Lunatic asylums Central Provinces reports 1886-1894 - 1886-1894
Year: 1886
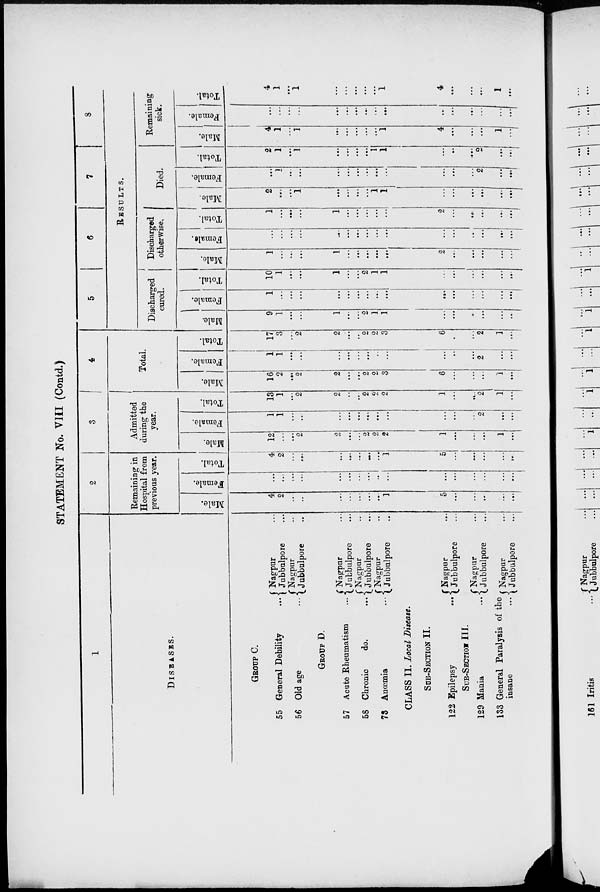
STATEMENT No. VIII (Contd.)
1
DISEASES.
GROUP C.
55 General Debility
...
56 Old age ...
Nagpur ...
Jubbulpore ...
Nagpur ...
Jubbulpore ...
GROUP D.
57 Acute Rheumatism ...
58 Chronic
do. ...
73 Anœmia
...
Nagpur ...
Jubbulpore ...
Nagpur ...
Jubbulpore ...
Nagpur ...
Jubbulpore ...
CLASS II. Local Disease.
SUB-SECTION II.
122 Epilepsy
...
Nagpur ...
Jubbulpore ...
SUB-SECTION III.
129 Mania
...
133 General Paralysis of the
insane
...
Nagpur ...
Jubbulpore ...
Nagpur ...
Jubbulpore ...
2
Remaining in
Hospital from
previous year.
Male.
4
2
...
...
...
...
...
...
...
1
5
...
...
...
...
...
Female.
...
...
...
...
...
...
...
...
...
...
...
...
...
...
...
...
Total.
4
2
...
...
...
...
...
...
...
1
5
...
...
...
...
...
3
Admitted
during the
year.
Male.
12
...
...
2
2
...
...
2
2
2
1
...
...
...
1
...
Female.
1
1
...
...
...
...
...
...
...
...
...
...
...
2
...
...
Total.
13
1
...
2
2
...
...
2
2
2
1
...
...
2
1
...
4
Total.
Male.
16
2
...
2
2
...
...
2
2
3
6
...
...
...
1
...
Female.
1
1
...
...
...
...
...
...
...
...
...
...
...
2
...
...
Total.
17
3
...
2
2
...
...
2
2
3
6
...
...
2
1
...
5
6
7
8
RESULTS.
Discharged
cured.
Male.
9
1
...
...
1
...
...
2
1
1
...
...
...
...
...
...
Female.
1
...
...
...
...
...
...
...
...
...
...
...
...
...
...
...
Total.
10
1
...
...
1
...
...
2
1
1
...
...
...
...
...
...
Discharged
otherwise.
Male.
1
...
...
...
1
...
...
...
...
...
2
...
...
...
...
...
Female.
...
...
...
...
...
...
...
...
...
...
...
...
...
...
...
...
Total.
1
...
...
...
1
...
...
...
...
...
2
...
...
...
...
...
Died.
Male.
2
...
...
1
...
...
...
...
1
1
...
...
...
...
...
...
Female.
...
1
...
...
...
...
...
...
...
...
...
...
...
2
...
...
Total.
2
1
...
1
...
...
...
...
1
1
...
...
...
2
...
...
Remaining
sick.
Male.
4
1
...
1
...
...
...
...
...
1
4
...
...
...
1
...
Female.
...
...
...
...
...
...
...
...
...
...
...
...
...
...
...
...
Total.
4
1
...
1
...
...
...
...
...
1
4
...
...
...
1
...